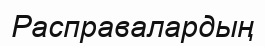
Расправалардың